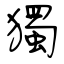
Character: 獨